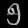
Digit: ၅